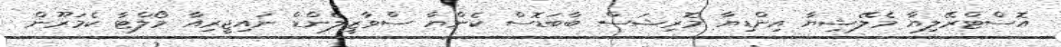
އޮސްޓްރޭލިޔާ މެލޭޝިޔާ އިންޑިޔާ މޮރިޝަސް ބާބަޑޮސް ކެންޔާ ސްވާޒީލެންޑް ނައިޖީރިއާ މޯލްޓާ ކެމަރޫން